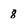
Character: 8